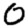
Digit: 0